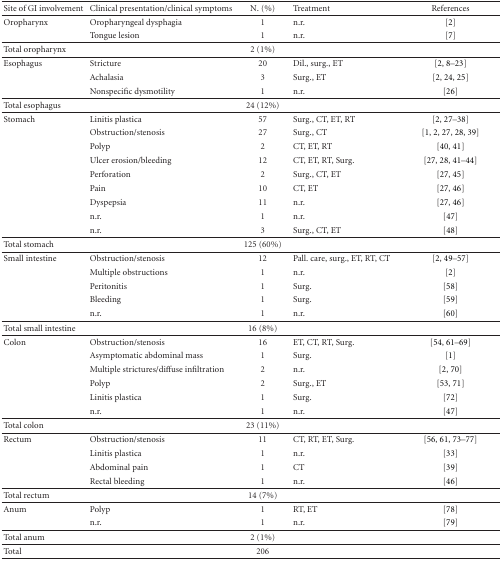
<table><thead><tr><td><b>Site of GI involvement</b></td><td><b>Clinical presentation/clinical symptoms</b></td><td><b>N. (%)</b></td><td><b>Treatment</b></td><td><b>References</b></td></tr></thead><tbody><tr><td>Oropharynx</td><td>Oropharyngeal dysphagia</td><td>1</td><td>n.r.</td><td>[2]</td></tr><tr><td> </td><td>Tongue lesion</td><td>1</td><td>n.r.</td><td>[7]</td></tr><tr><td>Total oropharynx</td><td> </td><td>2 (1%)</td><td> </td><td> </td></tr><tr><td>Esophagus</td><td>Stricture</td><td>20</td><td>Dil., surg., ET</td><td>[2, 8–23]</td></tr><tr><td> </td><td>Achalasia</td><td>3</td><td>Surg., ET</td><td>[2, 24, 25]</td></tr><tr><td> </td><td>Nonspecific dysmotility</td><td>1</td><td>n.r.</td><td>[26]</td></tr><tr><td>Total esophagus</td><td> </td><td>24 (12%)</td><td> </td><td> </td></tr><tr><td>Stomach</td><td>Linitis plastica</td><td>57</td><td>Surg., CT, ET, RT</td><td>[2, 27–38]</td></tr><tr><td> </td><td>Obstruction/stenosis</td><td>27</td><td>Surg., CT</td><td>[1, 2, 27, 28, 39]</td></tr><tr><td> </td><td>Polyp</td><td>2</td><td>CT, ET, RT</td><td>[40, 41]</td></tr><tr><td> </td><td>Ulcer erosion/bleeding</td><td>12</td><td>CT, ET, RT, Surg.</td><td>[27, 28, 41–44]</td></tr><tr><td> </td><td>Perforation</td><td>2</td><td>Surg., CT, ET</td><td>[27, 45]</td></tr><tr><td> </td><td>Pain</td><td>10</td><td>CT, ET</td><td>[27, 46]</td></tr><tr><td> </td><td>Dyspepsia</td><td>11</td><td>n.r.</td><td>[27, 46]</td></tr><tr><td> </td><td>n.r.</td><td>1</td><td>n.r.</td><td>[47]</td></tr><tr><td> </td><td>n.r.</td><td>3</td><td>Surg., CT, ET</td><td>[48]</td></tr><tr><td>Total stomach</td><td> </td><td>125 (60%)</td><td> </td><td> </td></tr><tr><td>Small intestine</td><td>Obstruction/stenosis</td><td>12</td><td>Pall. care, surg., ET, RT, CT</td><td>[2, 49–57]</td></tr><tr><td> </td><td>Multiple obstructions</td><td>1</td><td>n.r.</td><td>[2]</td></tr><tr><td> </td><td>Peritonitis</td><td>1</td><td>Surg.</td><td>[58]</td></tr><tr><td> </td><td>Bleeding</td><td>1</td><td>Surg.</td><td>[59]</td></tr><tr><td> </td><td>n.r.</td><td>1</td><td>n.r.</td><td>[60]</td></tr><tr><td>Total small intestine</td><td> </td><td>16 (8%)</td><td> </td><td> </td></tr><tr><td>Colon</td><td>Obstruction/stenosis</td><td>16</td><td>ET, CT, RT, Surg.</td><td>[54, 61–69]</td></tr><tr><td> </td><td>Asymptomatic abdominal mass</td><td>1</td><td>Surg.</td><td>[1]</td></tr><tr><td> </td><td>Multiple strictures/diffuse infiltration</td><td>2</td><td>n.r.</td><td>[2, 70]</td></tr><tr><td> </td><td>Polyp</td><td>2</td><td>Surg., ET</td><td>[53, 71]</td></tr><tr><td> </td><td>Linitis plastica</td><td>1</td><td>Surg.</td><td>[72]</td></tr><tr><td> </td><td>n.r.</td><td>1</td><td>n.r.</td><td>[47]</td></tr><tr><td>Total colon</td><td> </td><td>23 (11%)</td><td> </td><td> </td></tr><tr><td>Rectum</td><td>Obstruction/stenosis</td><td>11</td><td>CT, RT, ET, Surg.</td><td>[56, 61, 73–77]</td></tr><tr><td> </td><td>Linitis plastica</td><td>1</td><td>n.r.</td><td>[33]</td></tr><tr><td> </td><td>Abdominal pain</td><td>1</td><td>CT</td><td>[39]</td></tr><tr><td> </td><td>Rectal bleeding</td><td>1</td><td>n.r.</td><td>[46]</td></tr><tr><td>Total rectum</td><td> </td><td>14 (7%)</td><td> </td><td> </td></tr><tr><td>Anum</td><td>Polyp</td><td>1</td><td>RT, ET</td><td>[78]</td></tr><tr><td> </td><td>n.r.</td><td>1</td><td>n.r.</td><td>[79]</td></tr><tr><td>Total anum</td><td> </td><td>2 (1%)</td><td> </td><td> </td></tr><tr><td>Total</td><td> </td><td>206</td><td> </td><td> </td></tr></tbody></table>